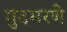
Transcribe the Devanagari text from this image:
गुदमरणे